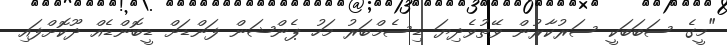
"މީގެ ސަބަބަކީ ސަރުކާރުން ވޭތުވެދިޔަ ޑިސެމްބަރު މަހު ޕެންޝަން ފަންޑަށް ޑީބޮންޑެއް ދޫކޮށްފައި